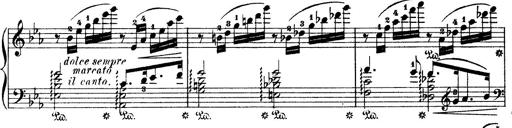
Title: Wagner-Liszt Album
Composer: Franz Liszt